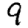
Digit: 9